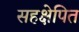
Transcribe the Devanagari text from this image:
सहक्षेपित